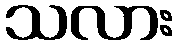
သလား